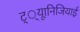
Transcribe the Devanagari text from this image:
ट््यूानिजियाई